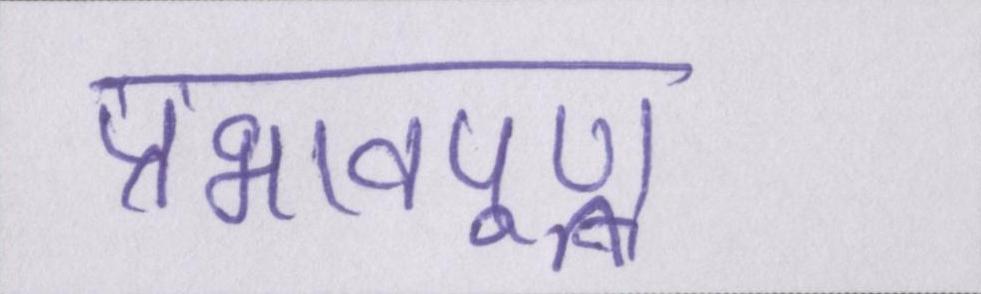
प्रभावपूण्र